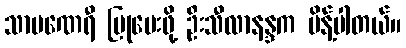
သာမဏေရီ ပြုပေးဖို့ ဦးသီလာနန္ဒက မိန့်ပါတယ်။